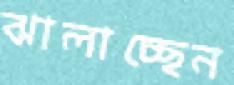
ঝালাচ্ছেন